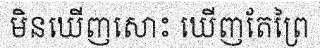
មិនឃើញសោះ ឃើញតែព្រៃ